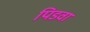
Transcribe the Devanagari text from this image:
पिडवा